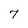
Character: 7